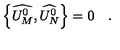
\left\{ \widehat { U _ { M } ^ { 0 } } , \widehat { U _ { N } ^ { 0 } } \right\} = 0 \quad .